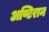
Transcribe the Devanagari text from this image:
अण्टिरान